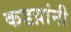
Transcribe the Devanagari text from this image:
कडय़ांनी